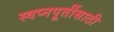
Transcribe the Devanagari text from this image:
स्वप्नपूर्तीसाठी